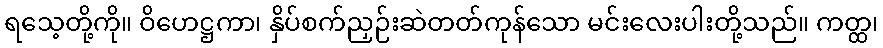
ရသေ့တို့ကို။ ဝိဟေဋ္ဌကာ၊ နှိပ်စက်ညှဉ်းဆဲတတ်ကုန်သော မင်းလေးပါးတို့သည်။ ကတ္ထ၊